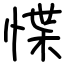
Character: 惵